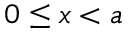
0 \leq x < a